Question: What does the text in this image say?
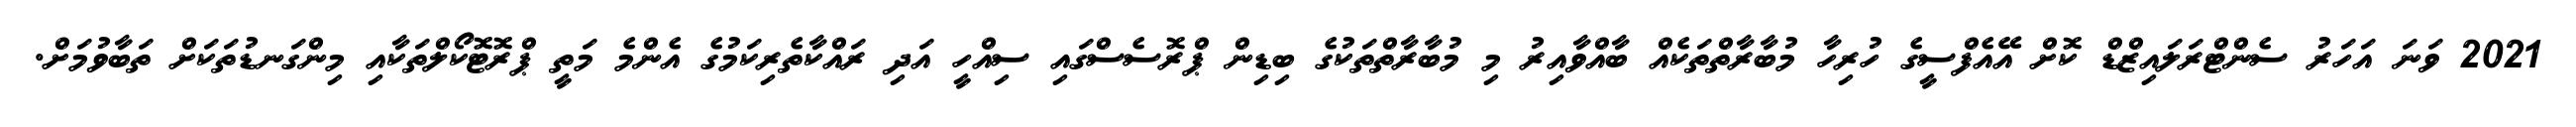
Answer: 2021 ވަނަ އަހަރު ސެންޓްރަލައިޒްޑް ކޮށް އޭއެފްސީގެ ހުރިހާ މުބާރާތްތަކެއް ބާއްވާއިރު މި މުބާރާތްތަކުގެ ބިޑިން ޕްރޮސެސްގައި ސިއްހީ އަދި ރައްކާތެރިކަމުގެ އެންމެ މަތީ ޕްރޮޓޮކޯލްތަކާއި މިންގަނޑުތަކަށް ތަބާވުމަށް.